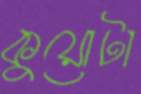
কুয়োটা